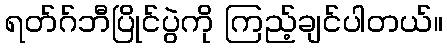
ရတ်ဂ်ဘီပြိုင်ပွဲကို ကြည့်ချင်ပါတယ်။